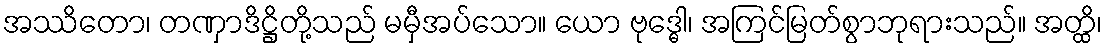
အဿိတော၊ တဏှာဒိဋ္ဌိတို့သည် မမှီအပ်သော။ ယော ဗုဒ္ဓေါ၊ အကြင်မြတ်စွာဘုရားသည်။ အတ္ထိ၊